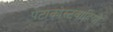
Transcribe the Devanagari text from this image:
पेंटाकोस्टवादियों